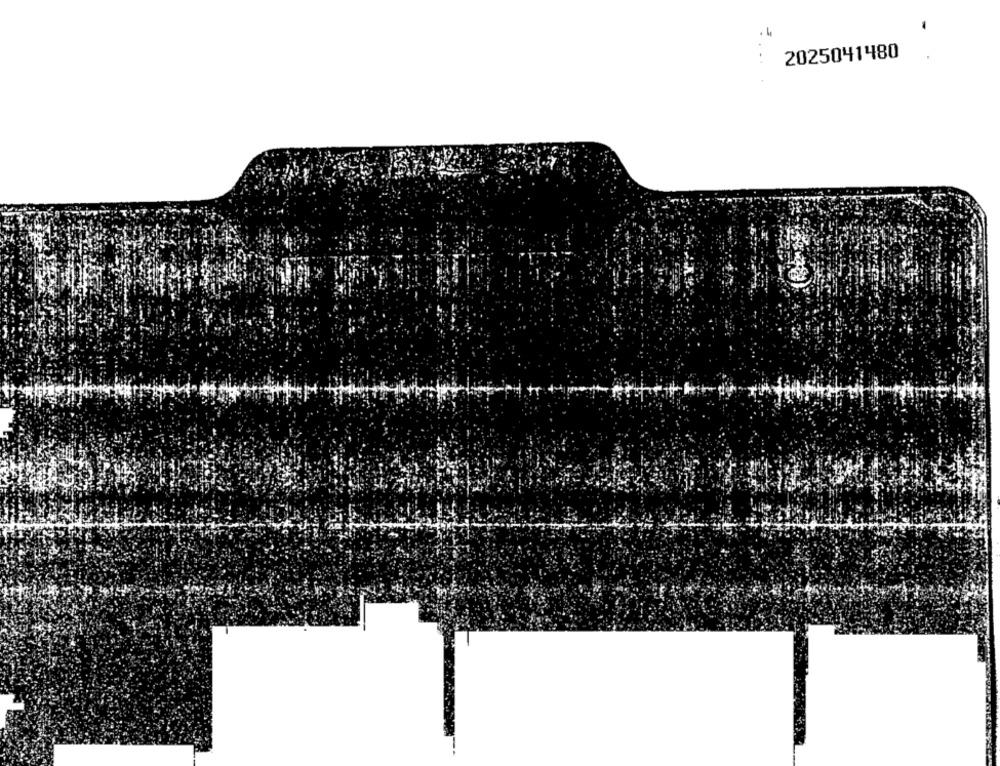
2025041480